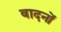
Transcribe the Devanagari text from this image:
वादनों